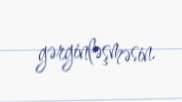
gərginləşməsin.